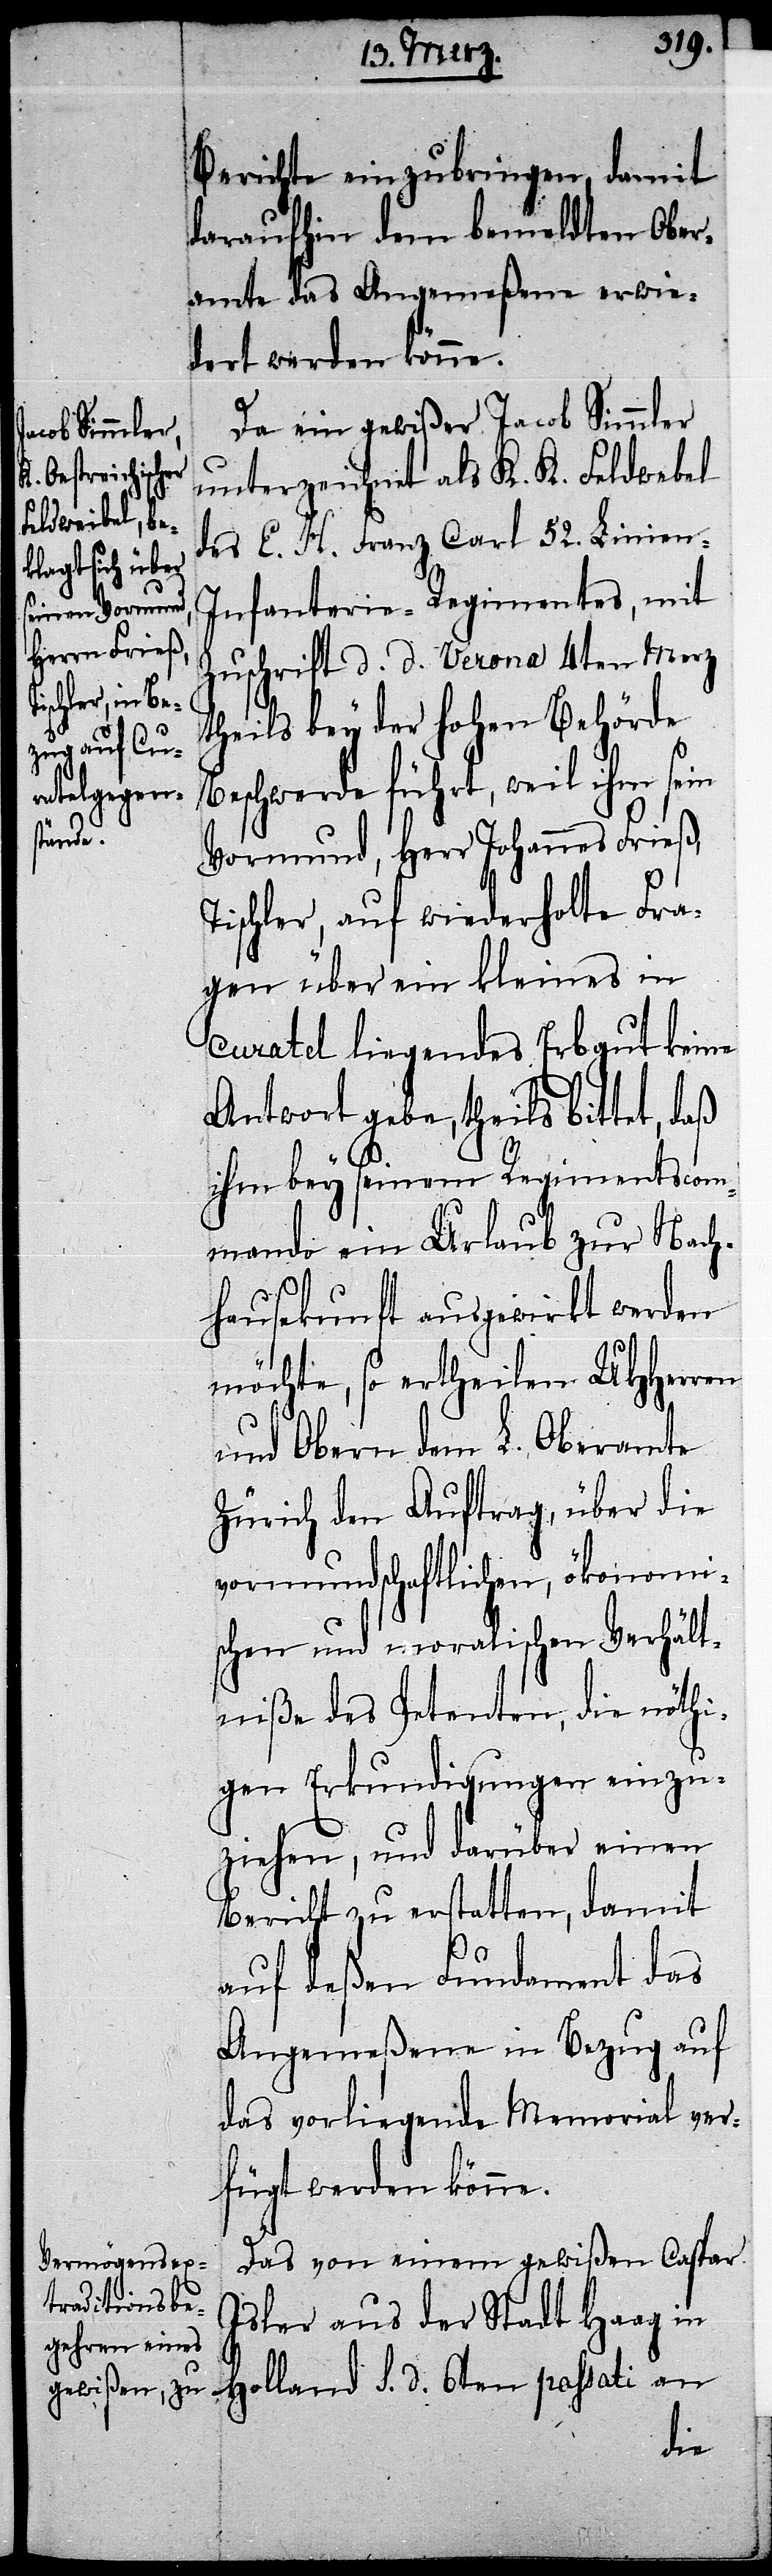
Berichte einzubringen, damit
daraufhin dem bemeldten Ober¬
amte das Angemeßene erwie¬
dert werden könne.
Da ein gewißer Jacob Simmler
unterzeichnet als K. K. Feldwebel
des E. H. Franz Carl 52. Linien-I¬
nfanterie-Regimentes, mit
Zuschrift d. d. Verona 4ten Merz
theils bey der hohen Behörde
Beschwerde führt, weil ihm sein
Vormund, Herr Johannes Frieß,
Tischler, auf wiederholte Fra¬
gen über ein kleines in
Curatel liegendes Erbgut keine
Antwort gebe, theils bittet,
ihm bey seinem Regimentscom¬
mando ein Urlaub zur Nach¬
hausekunft ausgewirkt werden
möchte, so ertheilen UHHerren
und Obern dem L. Oberamte
Zürich den Auftrag, über die
vormundschaftlichen, ökonomi¬
schen und moralischen Verhält¬
niße des Petenten, die nöthi¬
gen Erkundigungen einzu¬
ziehen, und darüber einen
Bericht zu erstatten, damit
auf deßen Fundament das
Angemeßene in Bezug auf
das vorliegende Memorial ver¬
fügt werden könne.
Das von einem gewißen Caspar
Isler aus der Stadt Haag in